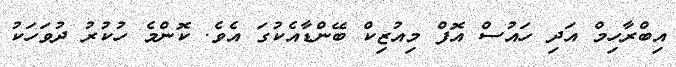
އިބްރާހިމް އަދި ހައުސް އޮފް މިއުޒިކް ބޭންޑާއެކުގަ އެވެ. ކޮންމެ ހުކުރު ދުވަހަކު